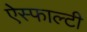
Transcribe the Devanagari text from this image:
ऐस्फाल्टी